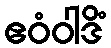
ဧဝံဝါဒိံ